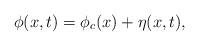
LaTeX: \begin{align*} \phi(x,t) = \phi_c(x) + \eta (x,t),\end{align*}